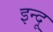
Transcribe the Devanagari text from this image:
इन्‍दू